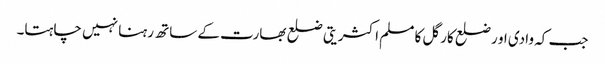
جب کہ وادی او رضلع کارگل کا مسلم اکثریتی ضلع بھارت کے ساتھ رہنا نہیں چاہتا۔